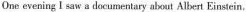
One evening I saw a documentary abaut Albert Einstein,